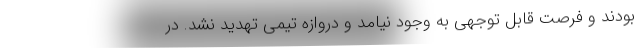
بودند و فرصت قابل توجهی به وجود نیامد و دروازه تیمی تهدید نشد. در